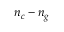
n _ { c } - n _ { g }